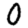
Digit: 0